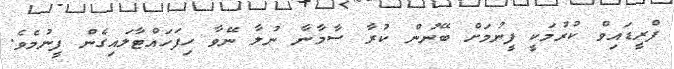
ފްރީޑައިވް ކުރުމަކީ ފީނުމަށް ބޭނުން ކުރާ ސާމާނާ ނުލާ ނޭވާ ހިފަހައްޓާލައިގެން ފީނުމެވެ.